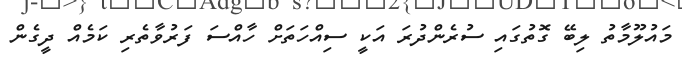
މައުލޫމާތު ލިބޭ ގޮތުގައި ސުރެންދުރަ އަކީ ސިއްހަތަށް ހާއްސަ ފަރުވާތެރި ކަމެއް ދީގެން